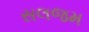
સલજમ